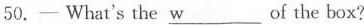
50.—What's the \underline{w} of the box?